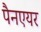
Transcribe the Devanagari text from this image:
पैनएयर